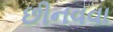
છીનવવા